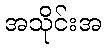
အသိုင်းအ